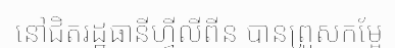
នៅជិតរដ្ឋធានីហ្វីលីពីន បានព្រួសកម្អែ